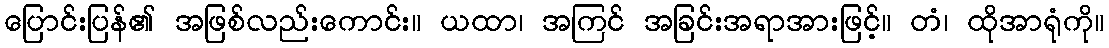
ပြောင်းပြန်၏ အဖြစ်လည်းကောင်း။ ယထာ၊ အကြင် အခြင်းအရာအားဖြင့်။ တံ၊ ထိုအာရုံကို။